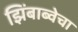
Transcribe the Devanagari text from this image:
झिंबाब्वेचा